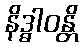
နိဒ္ဓါဝန္တိ